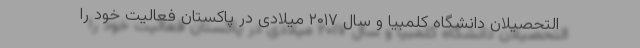
التحصیلان دانشگاه کلمبیا و سال ۲۰۱۷ میلادی در پاکستان فعالیت خود را